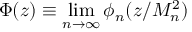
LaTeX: \Phi ( z ) \equiv \operatorname * { l i m } _ { n \rightarrow \infty } \phi _ { n } ( z / M _ { n } ^ { 2 } )